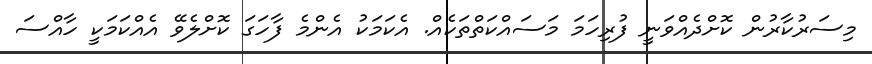
މިސަރުކާރުން ކޮށްދެއްވަނީ ފުރިހަމަ މަސައްކަތްތަކެއް. އެކަމަކު އެންމެ ފާހަގަ ކޮށްލެވޭ އެއްކަމަކީ ހާއްސަ